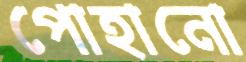
পোহানো